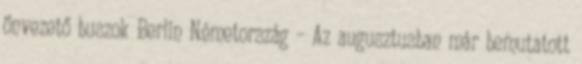
önvezető buszok Berlin Németország – Az augusztusban már bemutatott